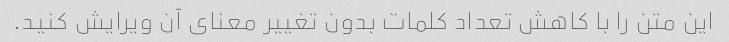
این متن را با کاهش تعداد کلمات بدون تغییر معنای آن ویرایش کنید.